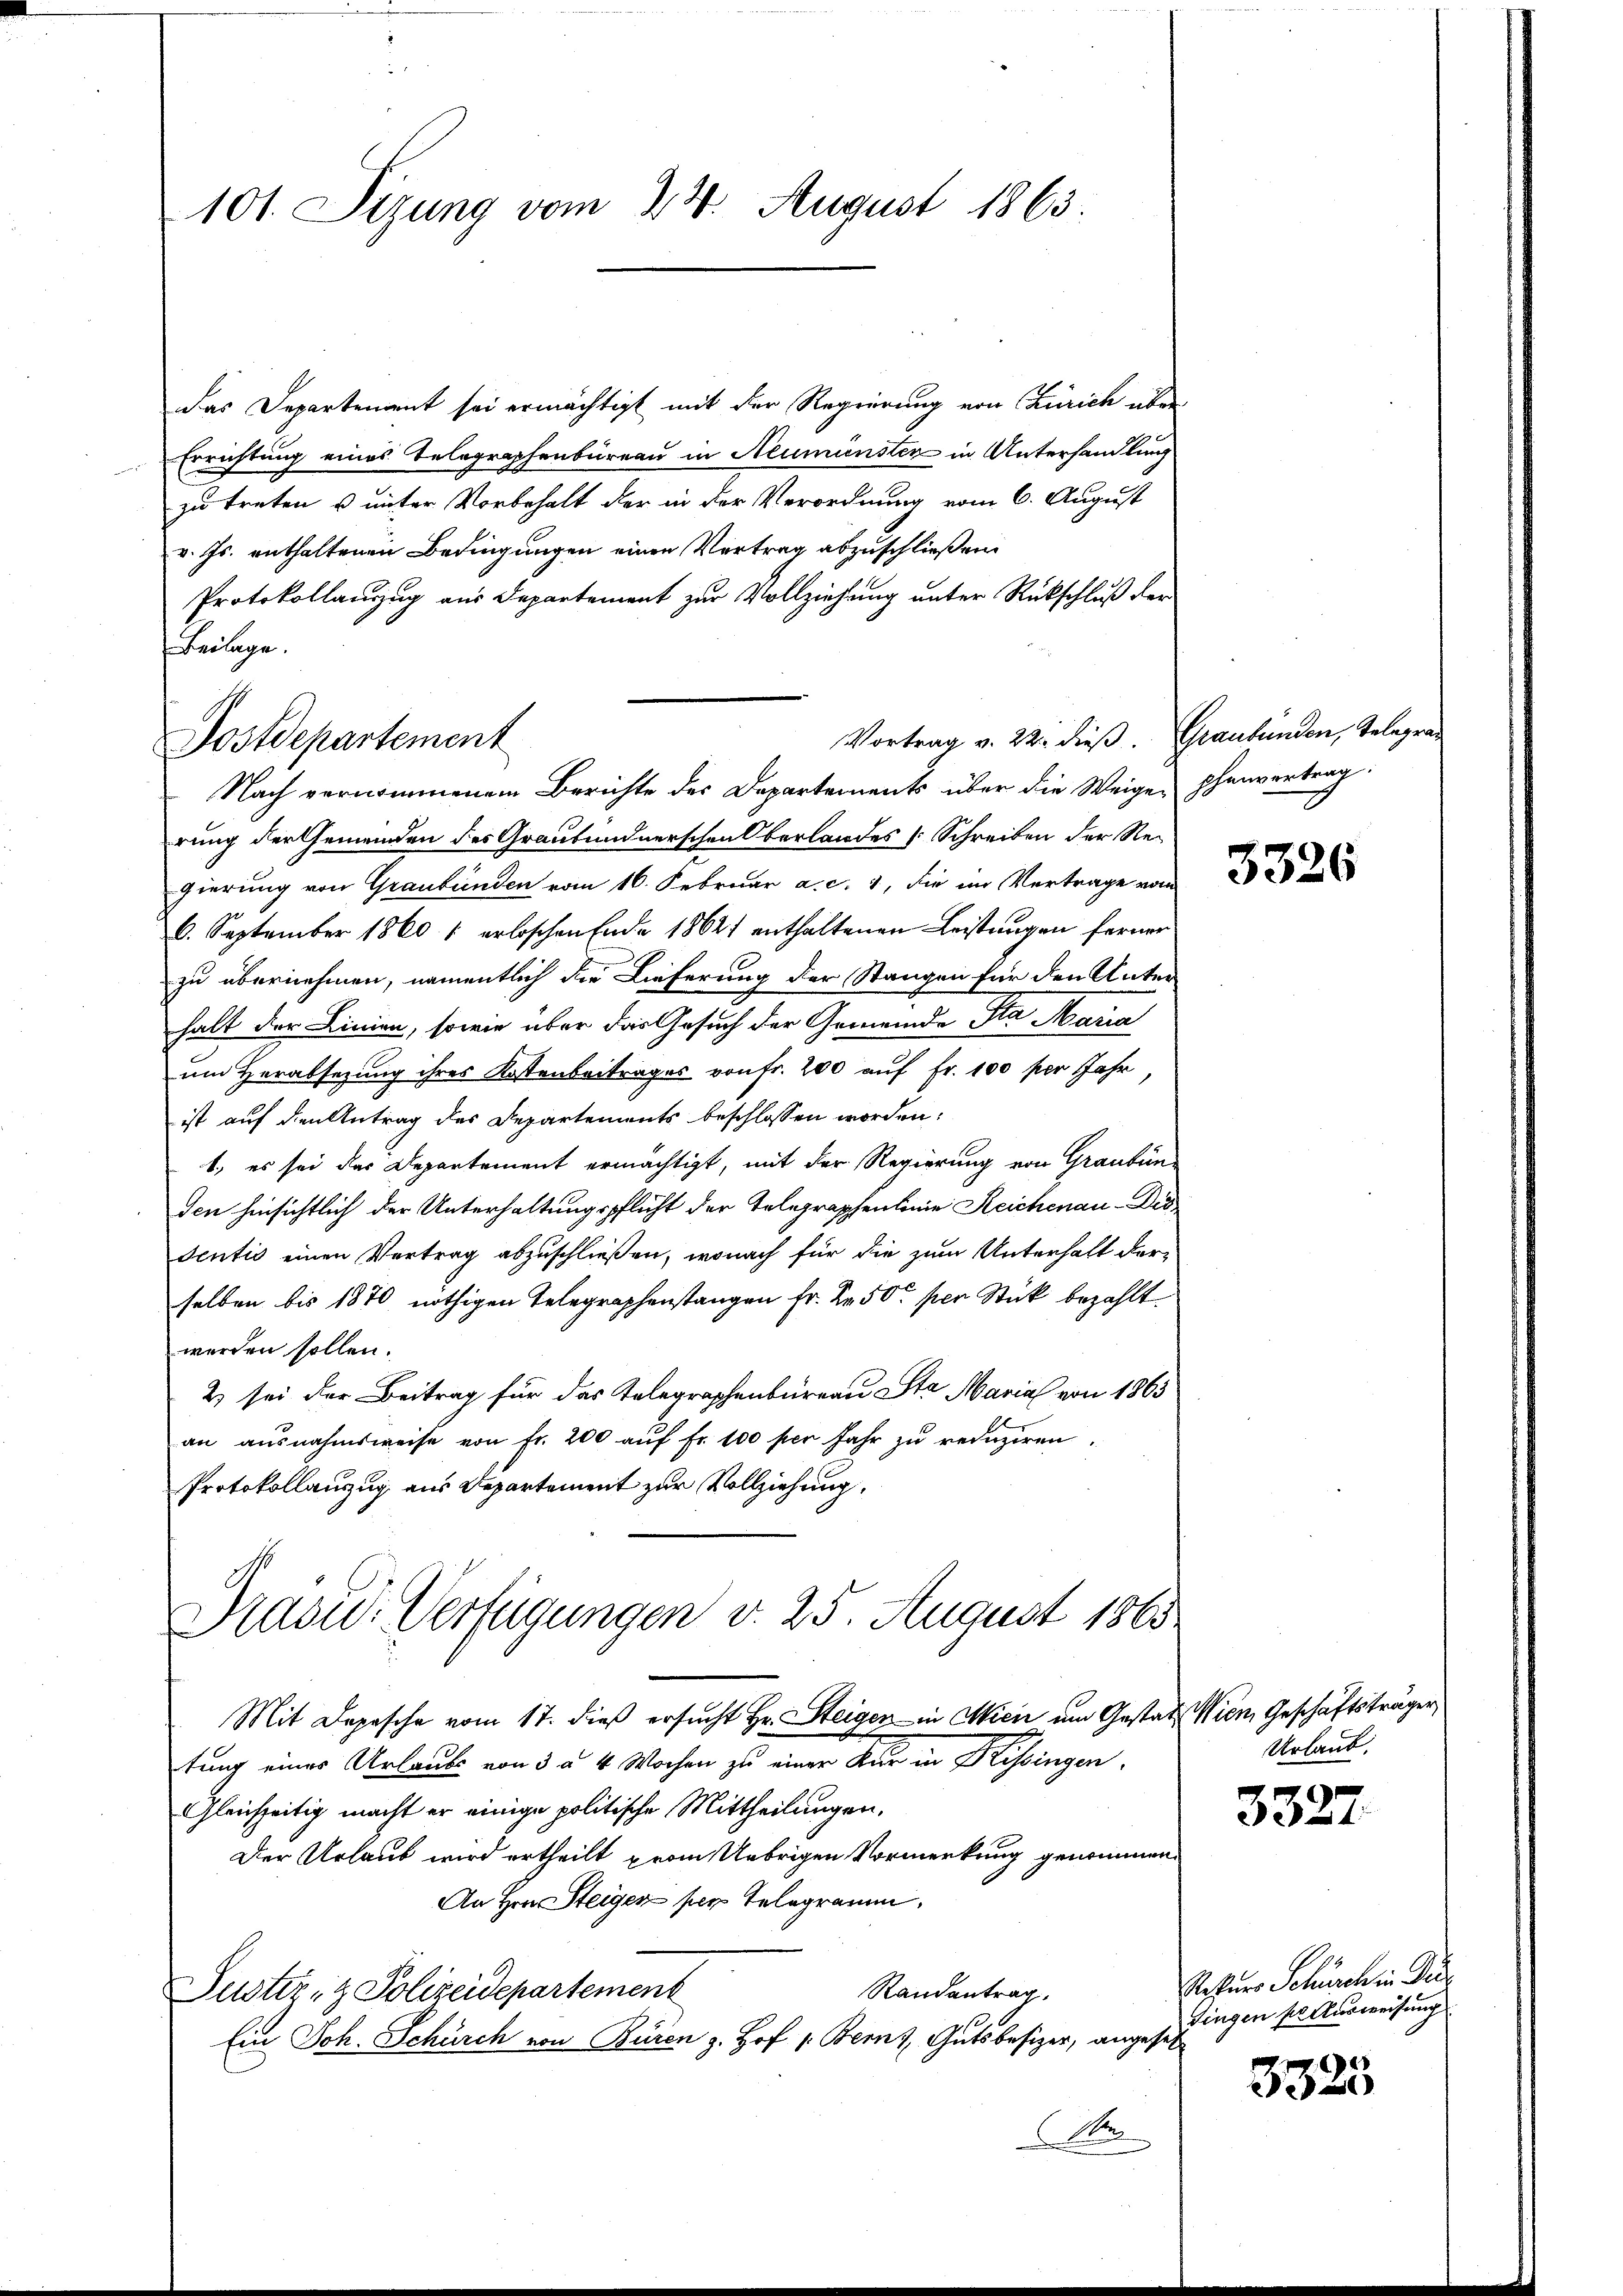
101. Sizung vom 24. August 1863.

das Departenant sei ermächtigt mit der Regierung von Zürich über
Errichtung eines Telegraphenbüreau in Neumünster in Unterhandlung
zu treten u unter Vorbehalt der in der Verordnung vom 6. August
v. Js. enthaltenen Bedingungen einen Vertrag abzuschließen.
Protokollauszug aus Departement zur Vollziehung unter Rückschluß der
Beilage.

Vortrag v. 22. dieß. Graubünden, Telegra¬
Postdepartement

Nach vernommenem Berichte des Departements über die Weige, phenvertrag:
rung der Gemeinden des Graubündnerschen Oberlandes Schreiben der Regierung von Graubünden vom 16. Februar a. c. 1, die im Vertrage vom
6. September 1860 1 erloschen Ende 18621 enthaltenen Leistungen ferner
zu übernehmen, namentlich die Lieferung der Stangen für den Unter
halt der Linien, sowie über das Gesuch der Gemeinde Sta Maria
um Herabsezung ihres Kostenbeitrages von fr. 200 auf Fr. 100 per Jahr,
ist auf den Antrag des Departements beschlossen worden.
1, es sei das Departement ermächtigt, mit der Regierung von Graubünden hinsichtlich der Unterhaltungspflicht der Telegraphenlinie Reichenau-Dis
sentis einen Vertrag abzuschließen, wonach für die zum Unterhalt derselben bis 1870 nöthigen Telegraphenstangen Fr. 2 50 per Stück bezahlt
werden sollen.
2 sei der Beitrag für das Telegraphenbureau Sta Marial von 1863
an ausnahmsweise von fr. 200 aŭf Fr. 100 per Jahr zŭ redŭziren.
Protokollanzug aus Departement zur Vollziehung,
Präsid.: Verfügungen v. 25. August 1865
Mit Depesche vom 17. dieβ ersŭcht Hr. Steigen in Mici um Gestadt Wien Geschäftsträger,
tung einer Urlaubs von 3 à 4 Wochen zu einer Kur in Krisingen.
Gleichzeitig macht er einige politische Mittheilungen,
Der Urlaub wird ertheilt prom Uebrigen Vormerkung genommen.
An Hrn. Steigen per Telegramm.
Randentrag
Justiz- & Polizeidepartement
Ein Joh. Schürch von Buren z. Hof 1. Bern, Gutsbesizer, angeset
Non

3326

Urlaub.

3327.

Natur Schürche in Dei
Fingen pactusweisung

3325